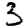
Digit: 3